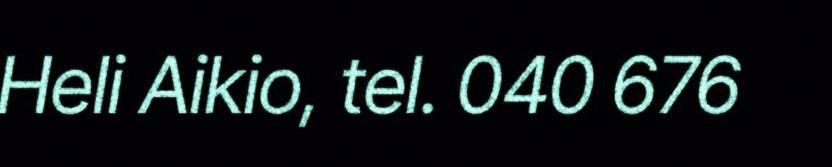
Heli Aikio, tel. 040 676